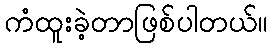
ကံထူးခဲ့တာဖြစ်ပါတယ်။